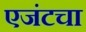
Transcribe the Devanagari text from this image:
एजंटचा